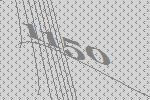
1150